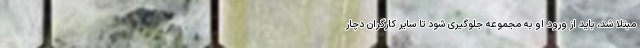
مبتلا شد، باید از ورود او به مجموعه جلوگیری شود تا سایر کارگران دچار